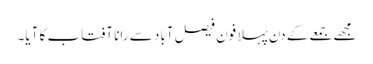
مجھے جمعے کے دن پہلا فون فیصل آباد سے رانا آفتاب کا آیا۔